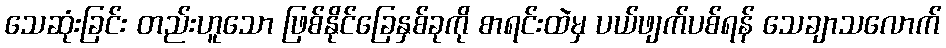
သေဆုံးခြင်း တည်းဟူသော ဖြစ်နိုင်ခြေနှစ်ခုကို စာရင်းထဲမှ ပယ်ဖျက်ပစ်ရန် သေချာသလောက်